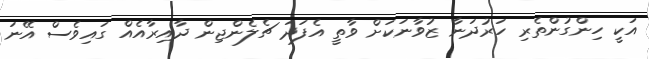
އަކީ ހިންގުންތެރި ހަރުދަނާ ޒުވާނަކަށް ވާތީ އެފަދަ ޗެލެންޖިން ދާއިރާއެއް ގައިވެސް އޭނަ